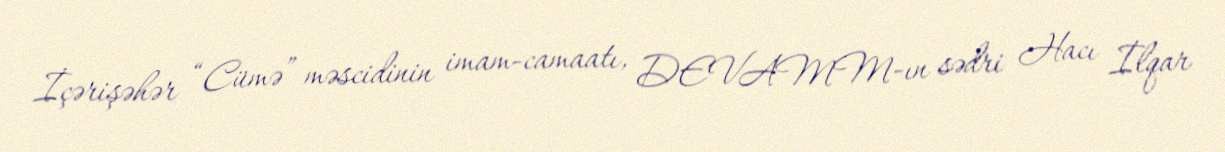
İçərişəhər “Cümə” məscidinin imam-camaatı, DEVAMM-ın sədri Hacı İlqar